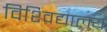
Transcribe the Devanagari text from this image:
विश्‍विद्यालय